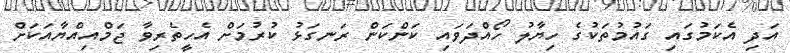
އަދި އެކަމުގައި ގައުމުތަކުގެ ހިޔާލު ހޯއްދަވައި ކަންކަން ރަނގަޅު ކުރުމަށް އެހީތެރިވާ ޖަމްއިއްޔާއަކަށް